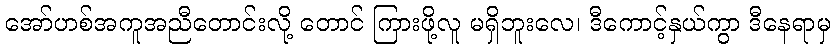
အော်ဟစ်အကူအညီတောင်းလို့ တောင် ကြားဖို့လူ မရှိဘူးလေ၊ ဒီကောင့်နှယ်ကွာ ဒီနေရာမှ